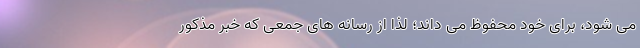
می شود، برای خود محفوظ می داند؛ لذا از رسانه های جمعی که خبر مذکور